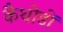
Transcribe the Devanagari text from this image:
कैथोडों